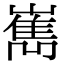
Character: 嶲